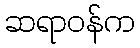
ဆရာဝန်က